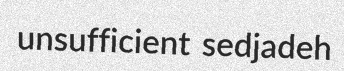
unsufficient sedjadeh